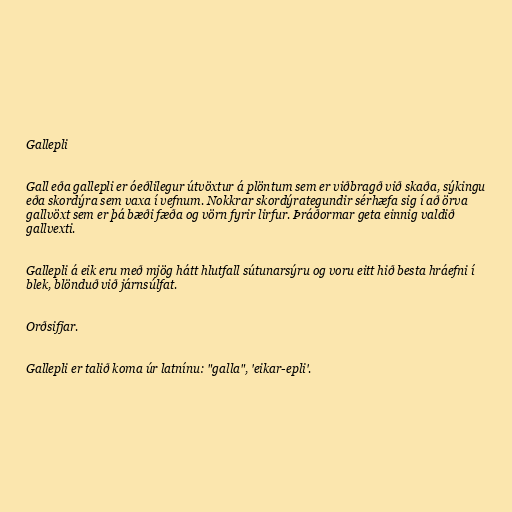
Gallepli

Gall eða gallepli er óeðlilegur útvöxtur á plöntum sem er viðbragð við skaða, sýkingu
eða skordýra sem vaxa í vefnum. Nokkrar skordýrategundir sérhæfa sig í að örva
gallvöxt sem er þá bæði fæða og vörn fyrir lirfur. Þráðormar geta einnig valdið
gallvexti.

Gallepli á eik eru með mjög hátt hlutfall sútunarsýru og voru eitt hið besta hráefni í
blek, blönduð við járnsúlfat.

Orðsifjar.

Gallepli er talið koma úr latnínu: "galla", 'eikar-epli'.